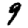
Digit: 9